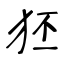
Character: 狉